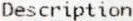
DESCRIPTION